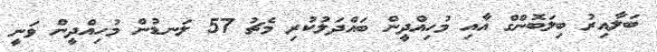
ބަލާއިރު ބިލަބޮންގް އާއި މުހިއްދީން ބައްދަލުކުރި މެޗު 57 ލަނޑުން މުހިއްދީން ވަނީ